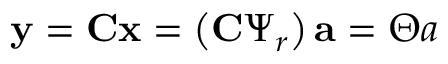
\mathbf { y } = \mathbf { C x } = \left( \mathbf { C } \boldsymbol { \Psi } _ { r } \right) \mathbf { a } = \boldsymbol { \Theta a }